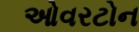
ઓવરટોન